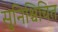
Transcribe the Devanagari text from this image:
सुनिश्चिचित